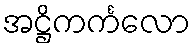
အဋ္ဌိကင်္ကလော